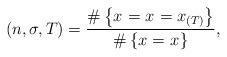
LaTeX: \begin{align*}_{}(n,\sigma,T) =\frac{ \# \left\{ x_{} = x_{} = x_{(T)} \right\} } { \# \left\{ x_{} = x_{} \right\} },\end{align*}